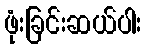
ဖုံးခြင်းဆယ်ပါး